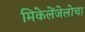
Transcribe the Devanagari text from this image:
मिकेलेंजेलोचा